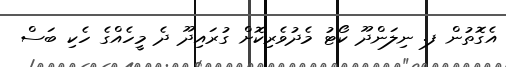
އެގޮތުން ފ. ނިލަންދޫ ކޯޓު މެދުވެރިކޮށް ގުރައިދޫ ދެ މީހެއްގެ ހެކި ބަސް